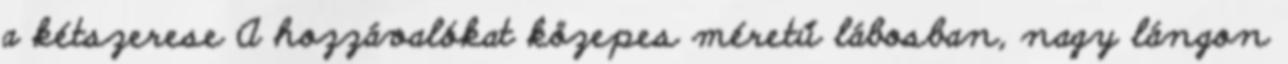
a kétszerese A hozzávalókat közepes méretű lábosban, nagy lángon